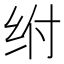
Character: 𰬅